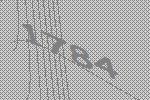
1784